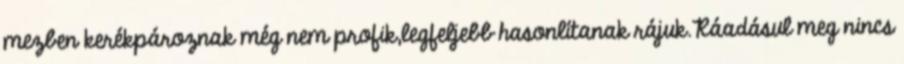
mezben kerékpároznak még nem profik,legfeljebb hasonlítanak rájuk.Ráadásul meg nincs